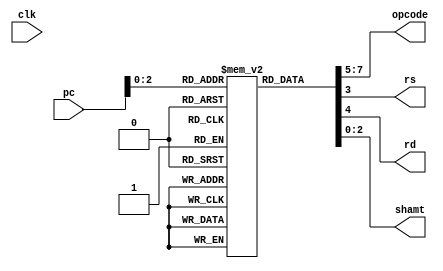
//8-bit instruction memory
module instruction_memory (clk, pc, opcode, rs, rd, shamt);

    input clk;
    input[7:0] pc;
    reg [7:0] instruction;
    reg [7:0] instrMem[0:5];
    output reg [2:0] opcode, shamt;
    output reg rs, rd;
    
    //instructions
    initial
        begin
            instrMem[00] = 8'b00000000; //instruction none
            instrMem[01] = 8'b00010000; //instruction for add
            instrMem[02] = 8'b10010110; //instruction for addi
            instrMem[03] = 8'b11010111; //instruction for load word
            instrMem[04] = 8'b10110010; //instruction for store word
            instrMem[05] = 8'b11110101; //instruction for shift left logical 
        end
        
    always@(*)
        begin
            instruction <= instrMem[pc]; //mapping instructions from instruction Memory
            opcode <= instruction[7:5]; //extracting opcode
            rs <= instruction[3]; //extracting reg1
            rd <= instruction[4]; //extracting reg2
            shamt <= instruction[2:0]; //extracting shift amt/immediate
        end
    
endmodule